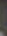
.